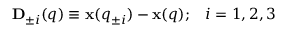
{ \bf D } _ { \pm i } ( { q } ) \equiv { \bf x } ( { q } _ { \pm i } ) - { \bf x } ( { q } ) ; \; \; \; i = 1 , 2 , 3